Alatskivi_vallavalitsus_et, lk 85
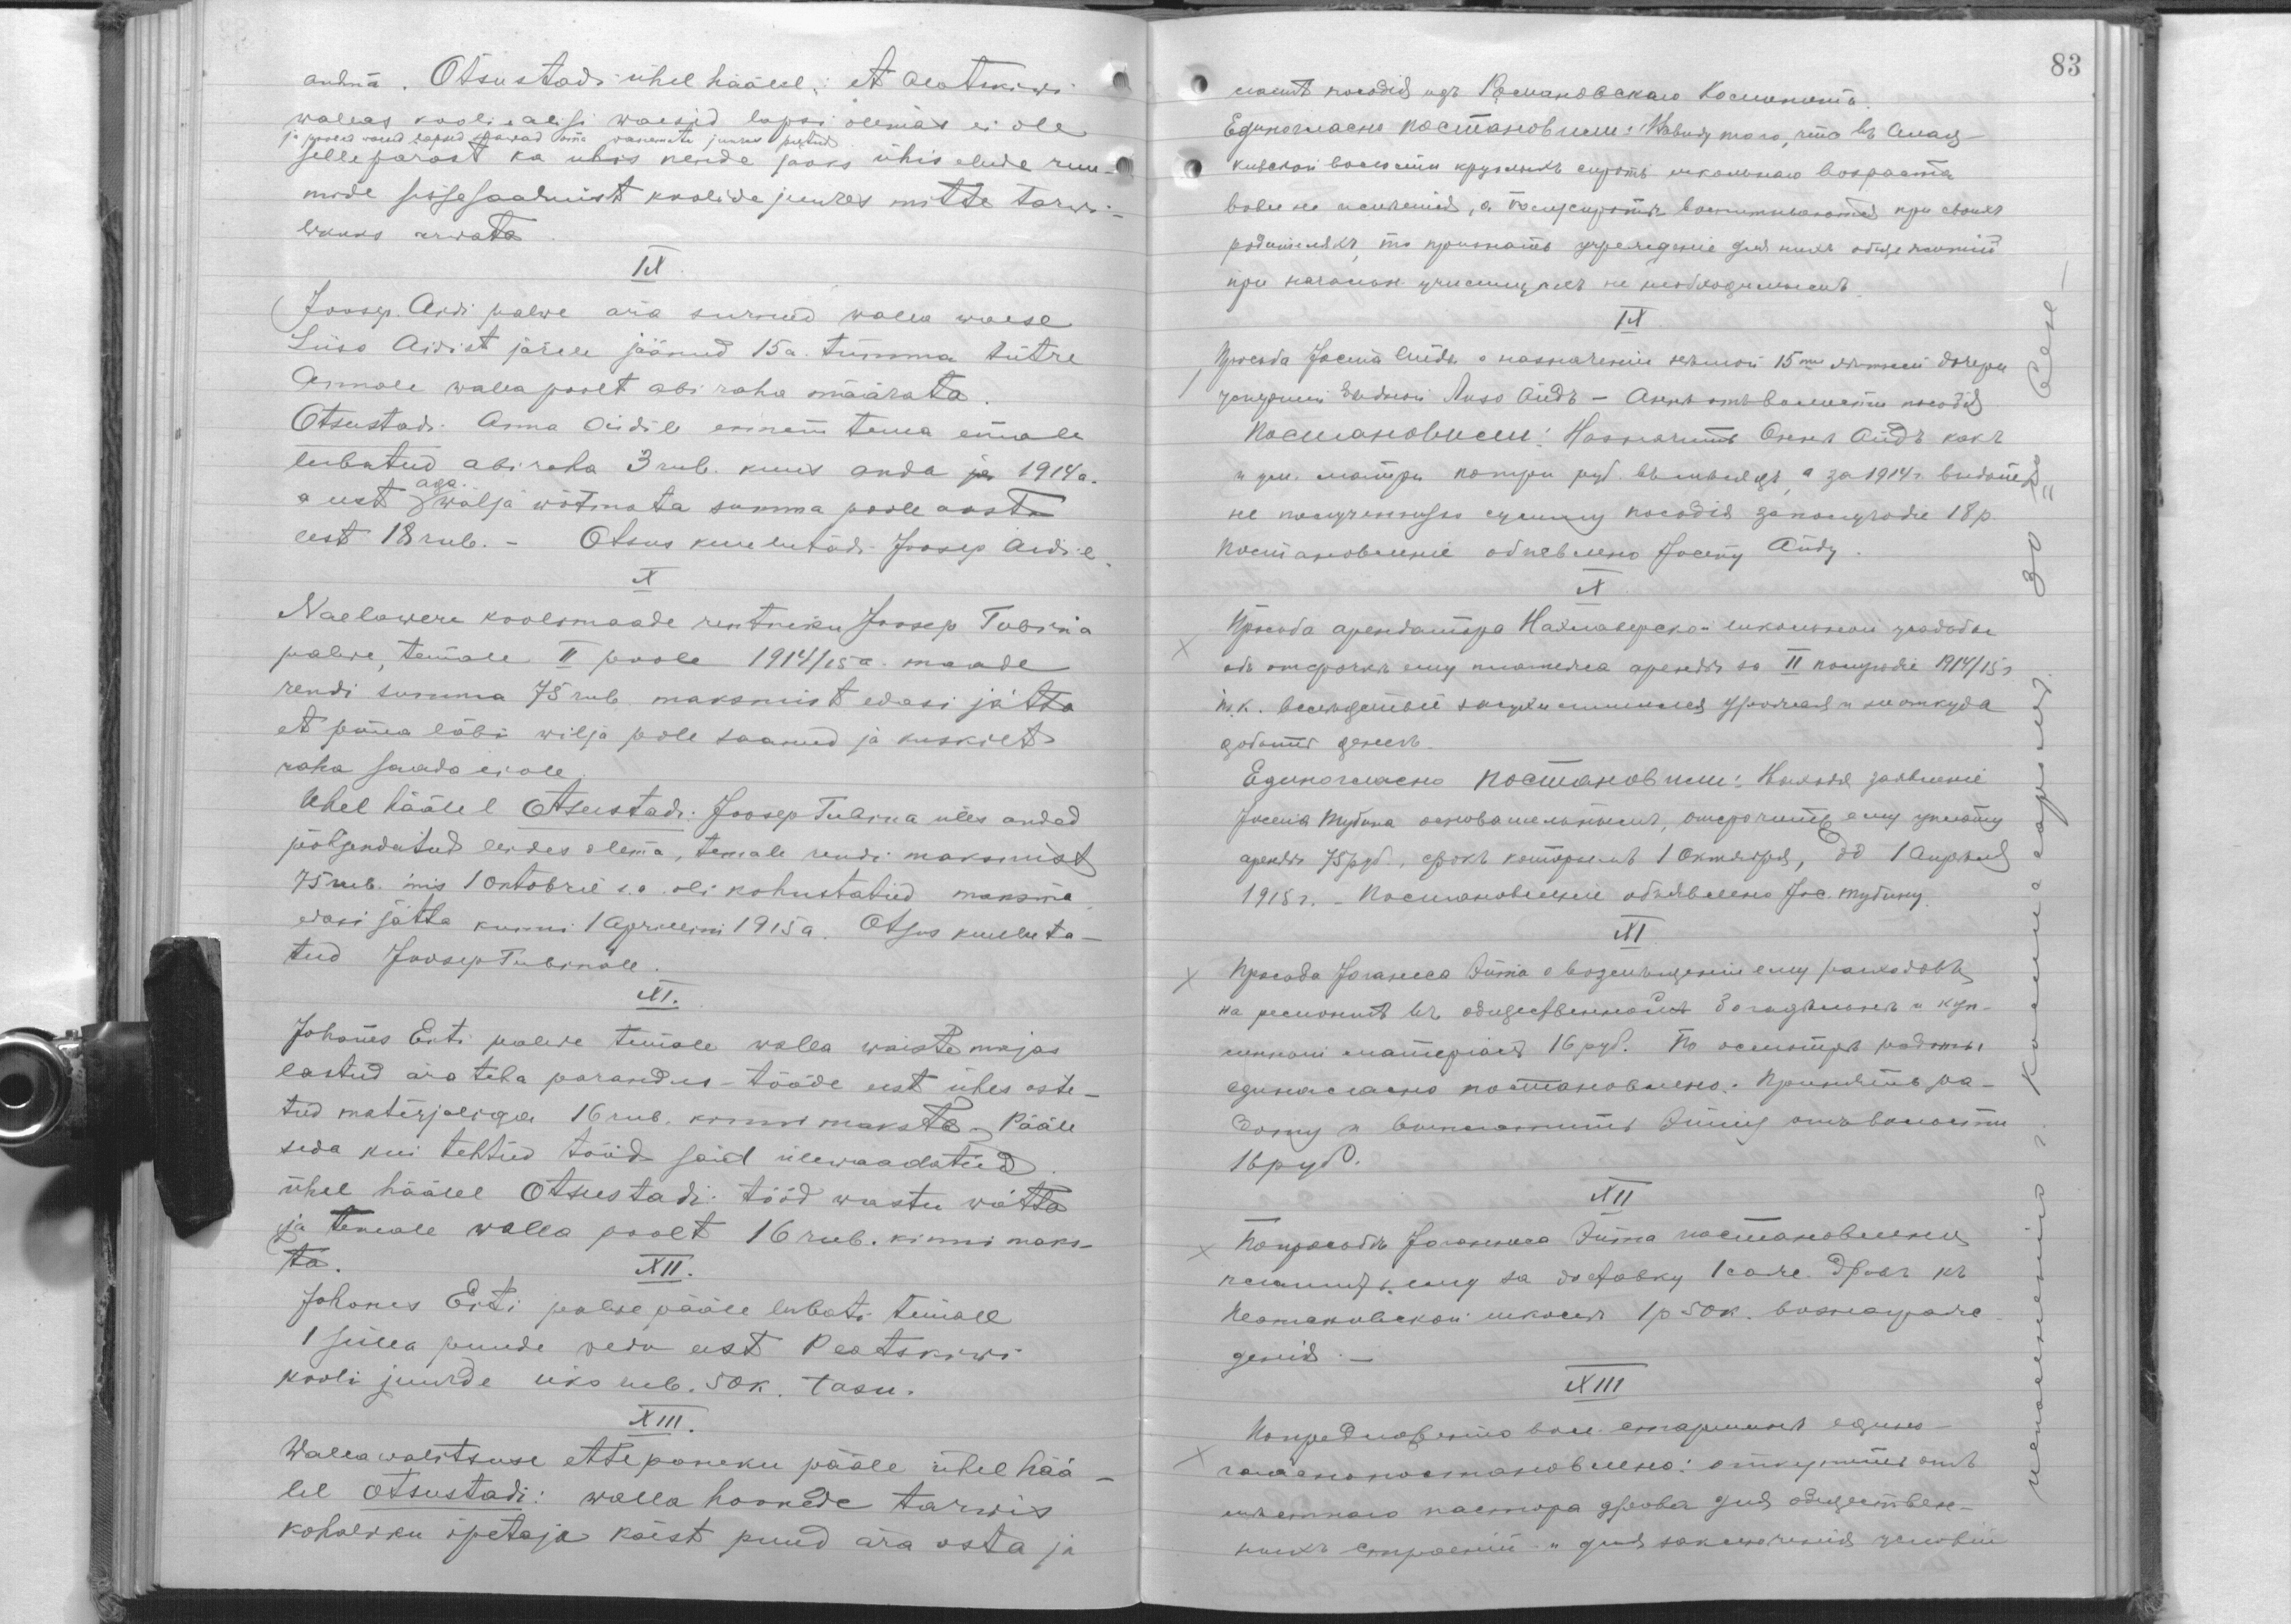
andma. Otsustadi ühel häälel, et Alatskiwi
wallas kooliealisi waesid lapsi olemas ei ole
ja pooled waesed palsed saawad oma wanemate juures peetud.
sellepärast ka ühis nende jaoks ühiselude ruu-
mide sisseseadmist koolide juures mitte tarwi-
likuks arwata.
IX
Joosep Aidi palwe ära surnud walla waese
Liiso Aidist järele jäänud 15 a. tumma tütre
Annale walla poolt abi raha määrata.
Otsustadi:  Anna Aidile ennem tema emale
lubatud abiraha 3 rub. kuus anda 1914 a.
a eest aga wälja wõtmata summa poole aasta
eest 18 rub.- Otsus kuulutadi Joosep Aidil.
X
Naelawere koolimaade rentniku Joosep Tubina
palwe, temale II poole 1914/15 a. maade
rendi summa 75 rub maksmist edasi jätta
et põua läbi wilja pole saanud ja kuskilt
raha saada ei ole.
Ühel häälel otsustadi: Joosep Tubina üles anded
põhjendatud leides olema, temale rendi maksmist
75 rub. mis 1 Oktobril s.a. oli kohustatud maksma
edasi jätta kuni 1 Aprillini 1915 a. Otsus kuuluta-
tud Joosep Tubinale.
XI.
Johanes Erti palwe temale walla waiste majas
lastud ära teha parandus tööde eest ühes oste-
tud materjaliga 16 rub. kinni maksta. Pääle
seda kui tehtud tööd said ülewaadatud.
ühel häälel Otsustadi: Tööd wastu wõtta
ja temale walla poolt 16 rub. kinni maks-
ta.
XII.
Johanes Erti palwe pääle lubati temale
1 sülla juurde vedu eest Peatskiwi
kooli juurde üks rub. 50 k. tasu.
XIII.
Wallawalitsuse ettepaneku pääle ühel hää-
lel otsustadi: walla hoonede tarwis
kohaliku õpetaja käest puud ära osta ja